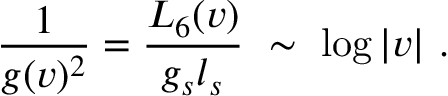
\frac { 1 } { g ( v ) ^ { 2 } } = \frac { L _ { 6 } ( v ) } { g _ { s } l _ { s } } \ \sim \ \log | v | \ .